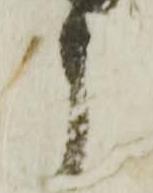
う